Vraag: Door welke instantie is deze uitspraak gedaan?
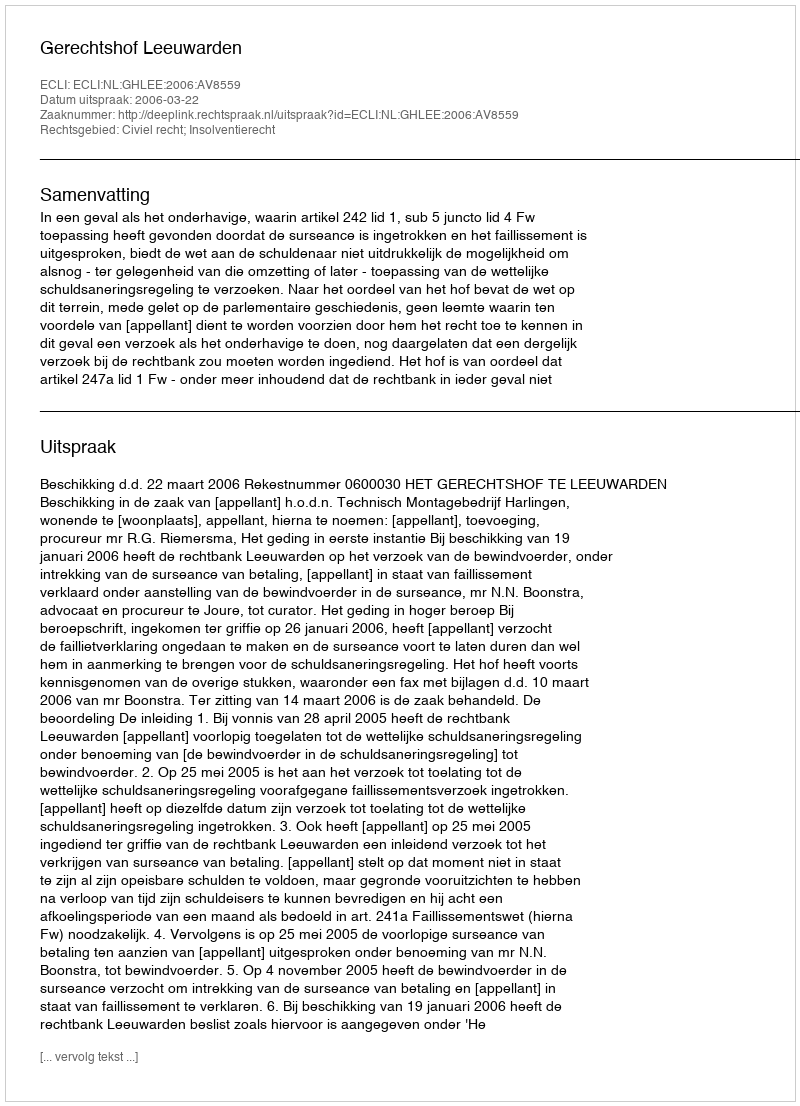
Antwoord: Gerechtshof Leeuwarden